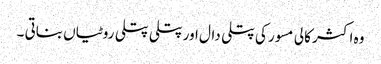
وہ اکثر کالی مسور کی پتلی دال اور پتلی پتلی روٹیاں بناتی ۔